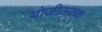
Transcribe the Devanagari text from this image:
योजीऊतक